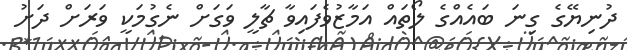
ދުނިޔޭގެ ގިނަ ބައެއްގެ ލޯތައް އަމާޒުވެފައިވާ ޗާލީ ވަގަށް ނެގުމަކީ ވަރަށް ދަށު